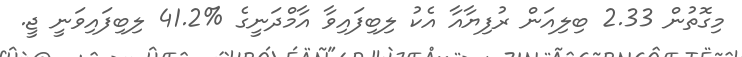
މިގޮތުން 2.33 ބިލިއަން ރުފިޔާއާ އެކު ލިބިފައިވާ އާމްދަނީގެ %41.2 ލިބިފައިވަނީ ޖީ.